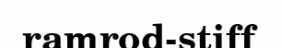
ramrod-stiff